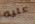
عليه